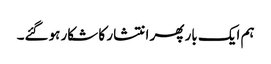
ہم ایک بار پھر انتشار کا شکار ہوگئے۔